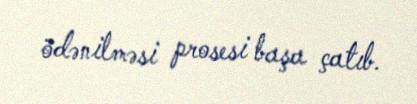
ödənilməsi prosesi başa çatıb.